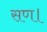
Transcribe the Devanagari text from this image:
सण।